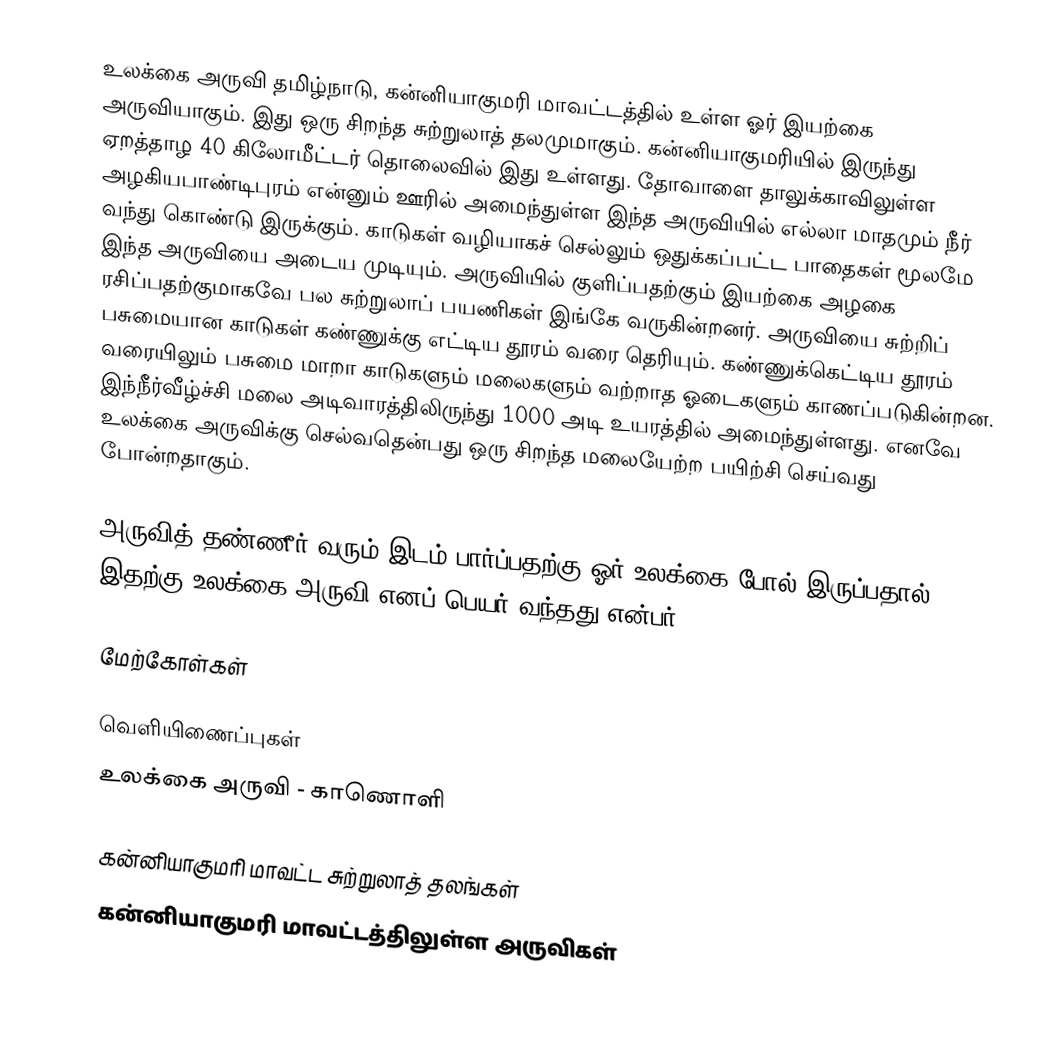
உலக்கை அருவி தமிழ்நாடு, கன்னியாகுமரி மாவட்டத்தில் உள்ள ஓர் இயற்கை அருவியாகும். இது ஒரு சிறந்த சுற்றுலாத் தலமுமாகும். கன்னியாகுமரியில் இருந்து ஏறத்தாழ 40 கிலோமீட்டர் தொலைவில் இது உள்ளது. தோவாளை தாலுக்காவிலுள்ள அழகியபாண்டிபுரம் என்னும் ஊரில் அமைந்துள்ள இந்த அருவியில் எல்லா மாதமும் நீர் வந்து கொண்டு இருக்கும். காடுகள் வழியாகச் செல்லும் ஒதுக்கப்பட்ட பாதைகள் மூலமே இந்த அருவியை அடைய முடியும். அருவியில் குளிப்பதற்கும் இயற்கை அழகை ரசிப்பதற்குமாகவே பல சுற்றுலாப் பயணிகள் இங்கே வருகின்றனர். அருவியை சுற்றிப் பசுமையான காடுகள் கண்ணுக்கு எட்டிய தூரம் வரை தெரியும். கண்ணுக்கெட்டிய தூரம் வரையிலும் பசுமை மாறா காடுகளும் மலைகளும் வற்றாத ஓடைகளும் காணப்படுகின்றன. இந்நீர்வீழ்ச்சி மலை அடிவாரத்திலிருந்து 1000 அடி உயரத்தில் அமைந்துள்ளது. எனவே உலக்கை அருவிக்கு செல்வதென்பது ஒரு சிறந்த மலையேற்ற பயிற்சி செய்வது போன்றதாகும்.

அருவித் தண்ணீர் வரும் இடம் பார்ப்பதற்கு ஓர் உலக்கை போல் இருப்பதால் இதற்கு உலக்கை அருவி எனப் பெயர் வந்தது என்பர்.

மேற்கோள்கள்

வெளியிணைப்புகள்
உலக்கை அருவி - காணொளி

கன்னியாகுமரி மாவட்ட சுற்றுலாத் தலங்கள்
கன்னியாகுமரி மாவட்டத்திலுள்ள அருவிகள்